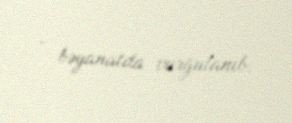
- bəyanatda vurğulanıb.